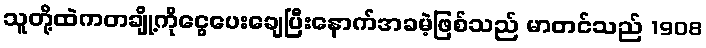
သူတို့ထဲကတချို့ကိုငွေပေးချေပြီးနောက်အခမဲ့ဖြစ်သည် မာတင်သည် 1908